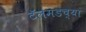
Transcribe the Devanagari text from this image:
टॅलमडच्या